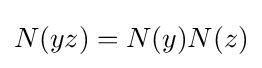
N(yz)=N(y)N(z)